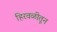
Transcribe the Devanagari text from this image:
हिरवळीतून